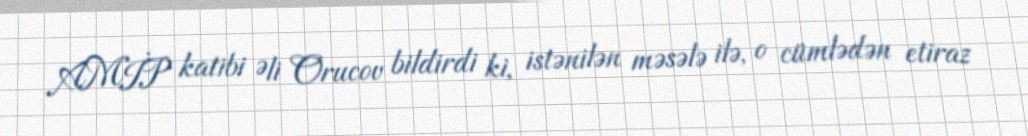
AMİP katibi Əli Orucov bildirdi ki, istənilən məsələ ilə, o cümlədən etiraz